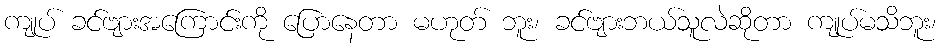
ကျုပ် ခင်ဗျားအကြောင်းကို ပြောနေတာ မဟုတ် ဘူး၊ ခင်ဗျားဘယ်သူလဲဆိုတာ ကျုပ်မသိဘူး၊